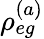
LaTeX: \rho_{eg}^{(a)}